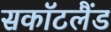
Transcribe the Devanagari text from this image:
सकॉटलैंड